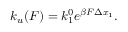
k _ { u } ( F ) = k _ { 1 } ^ { 0 } e ^ { \beta F \Delta x _ { 1 } } .